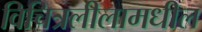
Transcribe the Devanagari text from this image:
विचित्रलीलामधील